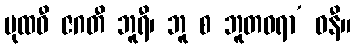
ပုထဝီ ဇဂတီ ဘူရီ၊ ဘူ စ ဘူတဓရာ’ ဝနီ။